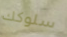
سلوكك